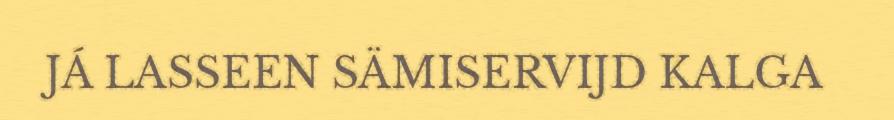
JÁ LASSEEN SÄMISERVIJD KALGA